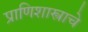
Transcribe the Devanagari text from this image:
प्राणिशास्त्राचे